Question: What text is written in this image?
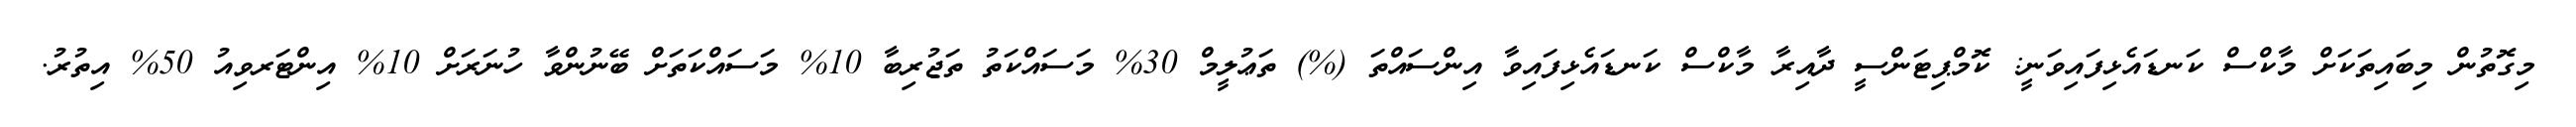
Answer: މިގޮތުން މިބައިތަކަށް މާކްސް ކަނޑައެޅިފައިވަނީ: ކޮމްޕިޓަންސީ ދާއިރާ މާކްސް ކަނޑައެޅިފައިވާ އިންސައްތަ (%) ތަޢުލީމް 30% މަސައްކަތު ތަޖުރިބާ 10% މަސައްކަތަށް ބޭނުންވާ ހުނަރަށް 10% އިންޓަރވިއު 50% އިތުރު.